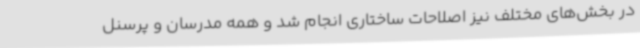
در بخش‌های مختلف نیز اصلاحات ساختاری انجام شد و همه مدرسان و پرسنل